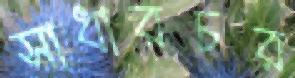
সাধারচর